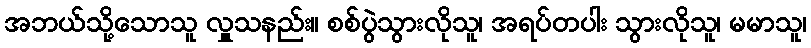
အဘယ်သို့သောသူ လှူသနည်း။ စစ်ပွဲသွားလိုသူ၊ အရပ်တပါး သွားလိုသူ၊ မမာသူ၊